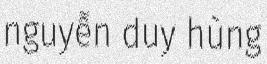
nguyễn duy hùng